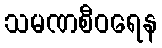
သမဏစီဝရေန